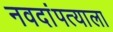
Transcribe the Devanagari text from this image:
नवदांपत्याला